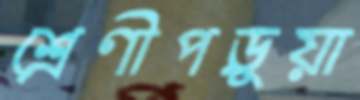
শ্রেণীপড়ুয়া